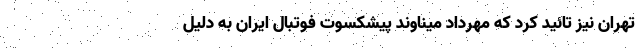
تهران نیز تائید کرد که مهرداد میناوند پیشکسوت فوتبال ایران به دلیل